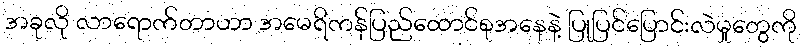
အခုလို လာရောက်တာဟာ အမေရိကန်ပြည်ထောင်စုအနေနဲ့ ပြုပြင်ပြောင်းလဲမှုတွေကို